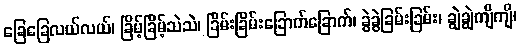
ခြေခြေလယ်လယ်၊ ခြိမ့်ခြိမ့်သဲသဲ၊ ခြိမ်းခြိမ်းခြောက်ခြောက်၊ ခွဲခွဲခြမ်းခြမ်း၊ ချွဲချွဲကျိကျိ၊